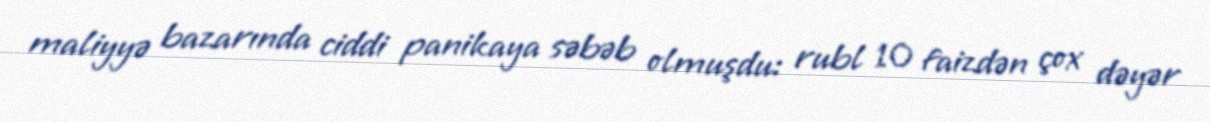
maliyyə bazarında ciddi panikaya səbəb olmuşdu: rubl 10 faizdən çox dəyər